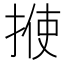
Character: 𪮈